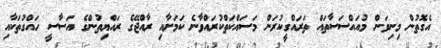
އެގޮތުން މިނިވަން މުއައްސަސާތައް ތަރައްގީކުރަން މަސައްކަތްކުރައްވާނެ ކަމަށާއި ރާއްޖޭގެ ރައްޔިތުންގެ އަސާސީ ހައްގުތަކާއި